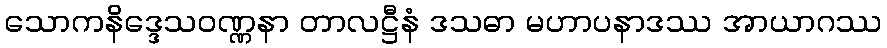
သောကနိဒ္ဒေသဝဏ္ဏနာ တာလဋ္ဌီနံ ဒသဓာ မဟာပနာဒဿ အာယာဂဿ